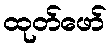
ထုတ်ဖော်